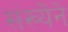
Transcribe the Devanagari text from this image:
संख्येंने